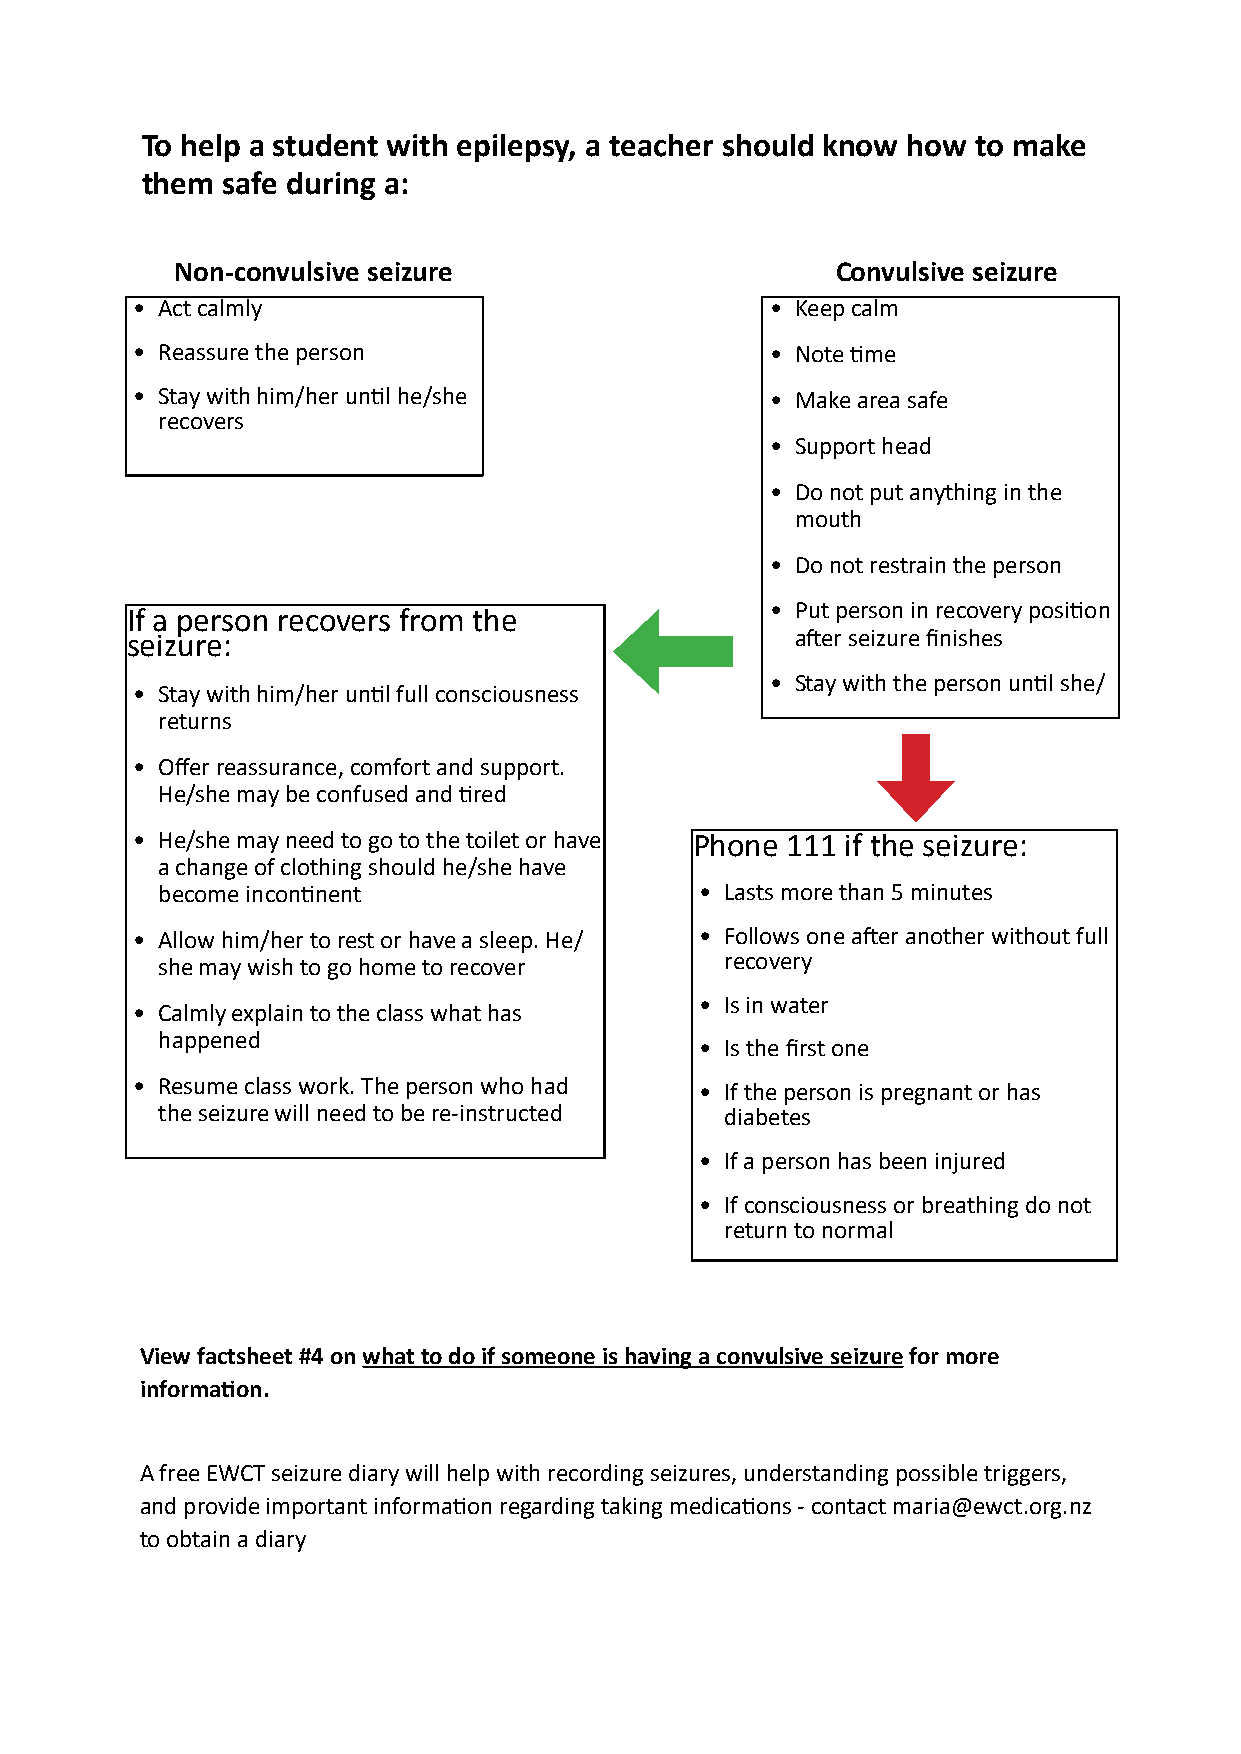
To help a student with epilepsy, a teacher should know how to make
 them  safe during a:
 Non-convulsive seizure                     Convulsive seizure
 • Act calmly                              • Keep calm
 • Reassure the person                     • Note time
 • Stay with him/her until he/she          • Make area safe
 recovers
 • Support head
 • Do not put anything in the
 mouth
 • Do not restrain the person
 • Put person in recovery position
 If a person recovers from the
 seizure:                                     after seizure finishes
 • Stay with the person until she/
 • Stay with him/her until full consciousness
 returns
 • Offer reassurance, comfort and support.
 He/she may be confused and tired
 • He/she may need to go to the toilet or have Phone 111 if the seizure:
 a change of clothing should he/she have
 become incontinent                  • Lasts more than 5 minutes
 • Allow him/her to rest or have a sleep. He/ • Follows one after another without full
 she may wish to go home to recover    recovery
 • Is in water
 • Calmly explain to the class what has
 happened
 • Is the first one
 • Resume class work. The person who had
 • If the person is pregnant or has
 the seizure will need to be re-instructed diabetes
 • If a person has been injured
 • If consciousness or breathing do not
 return to normal
 View factsheet #4 on what to do if someone is having a convulsive seizure for more
 information.
 A free EWCT seizure diary will help with recording seizures, understanding possible triggers,
 and provide important information regarding taking medications - contact maria@ewct.org.nz
 to obtain a diary